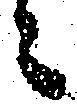
ニ